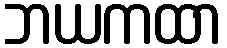
ဘယကထာ